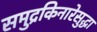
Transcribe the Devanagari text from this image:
समुद्रकिनारेसुद्धा